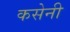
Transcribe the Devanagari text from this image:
कसेनी